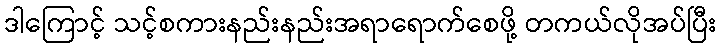
ဒါကြောင့် သင့်စကားနည်းနည်းအရာရောက်စေဖို့ တကယ်လိုအပ်ပြီး